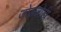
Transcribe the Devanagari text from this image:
जोडजोडी